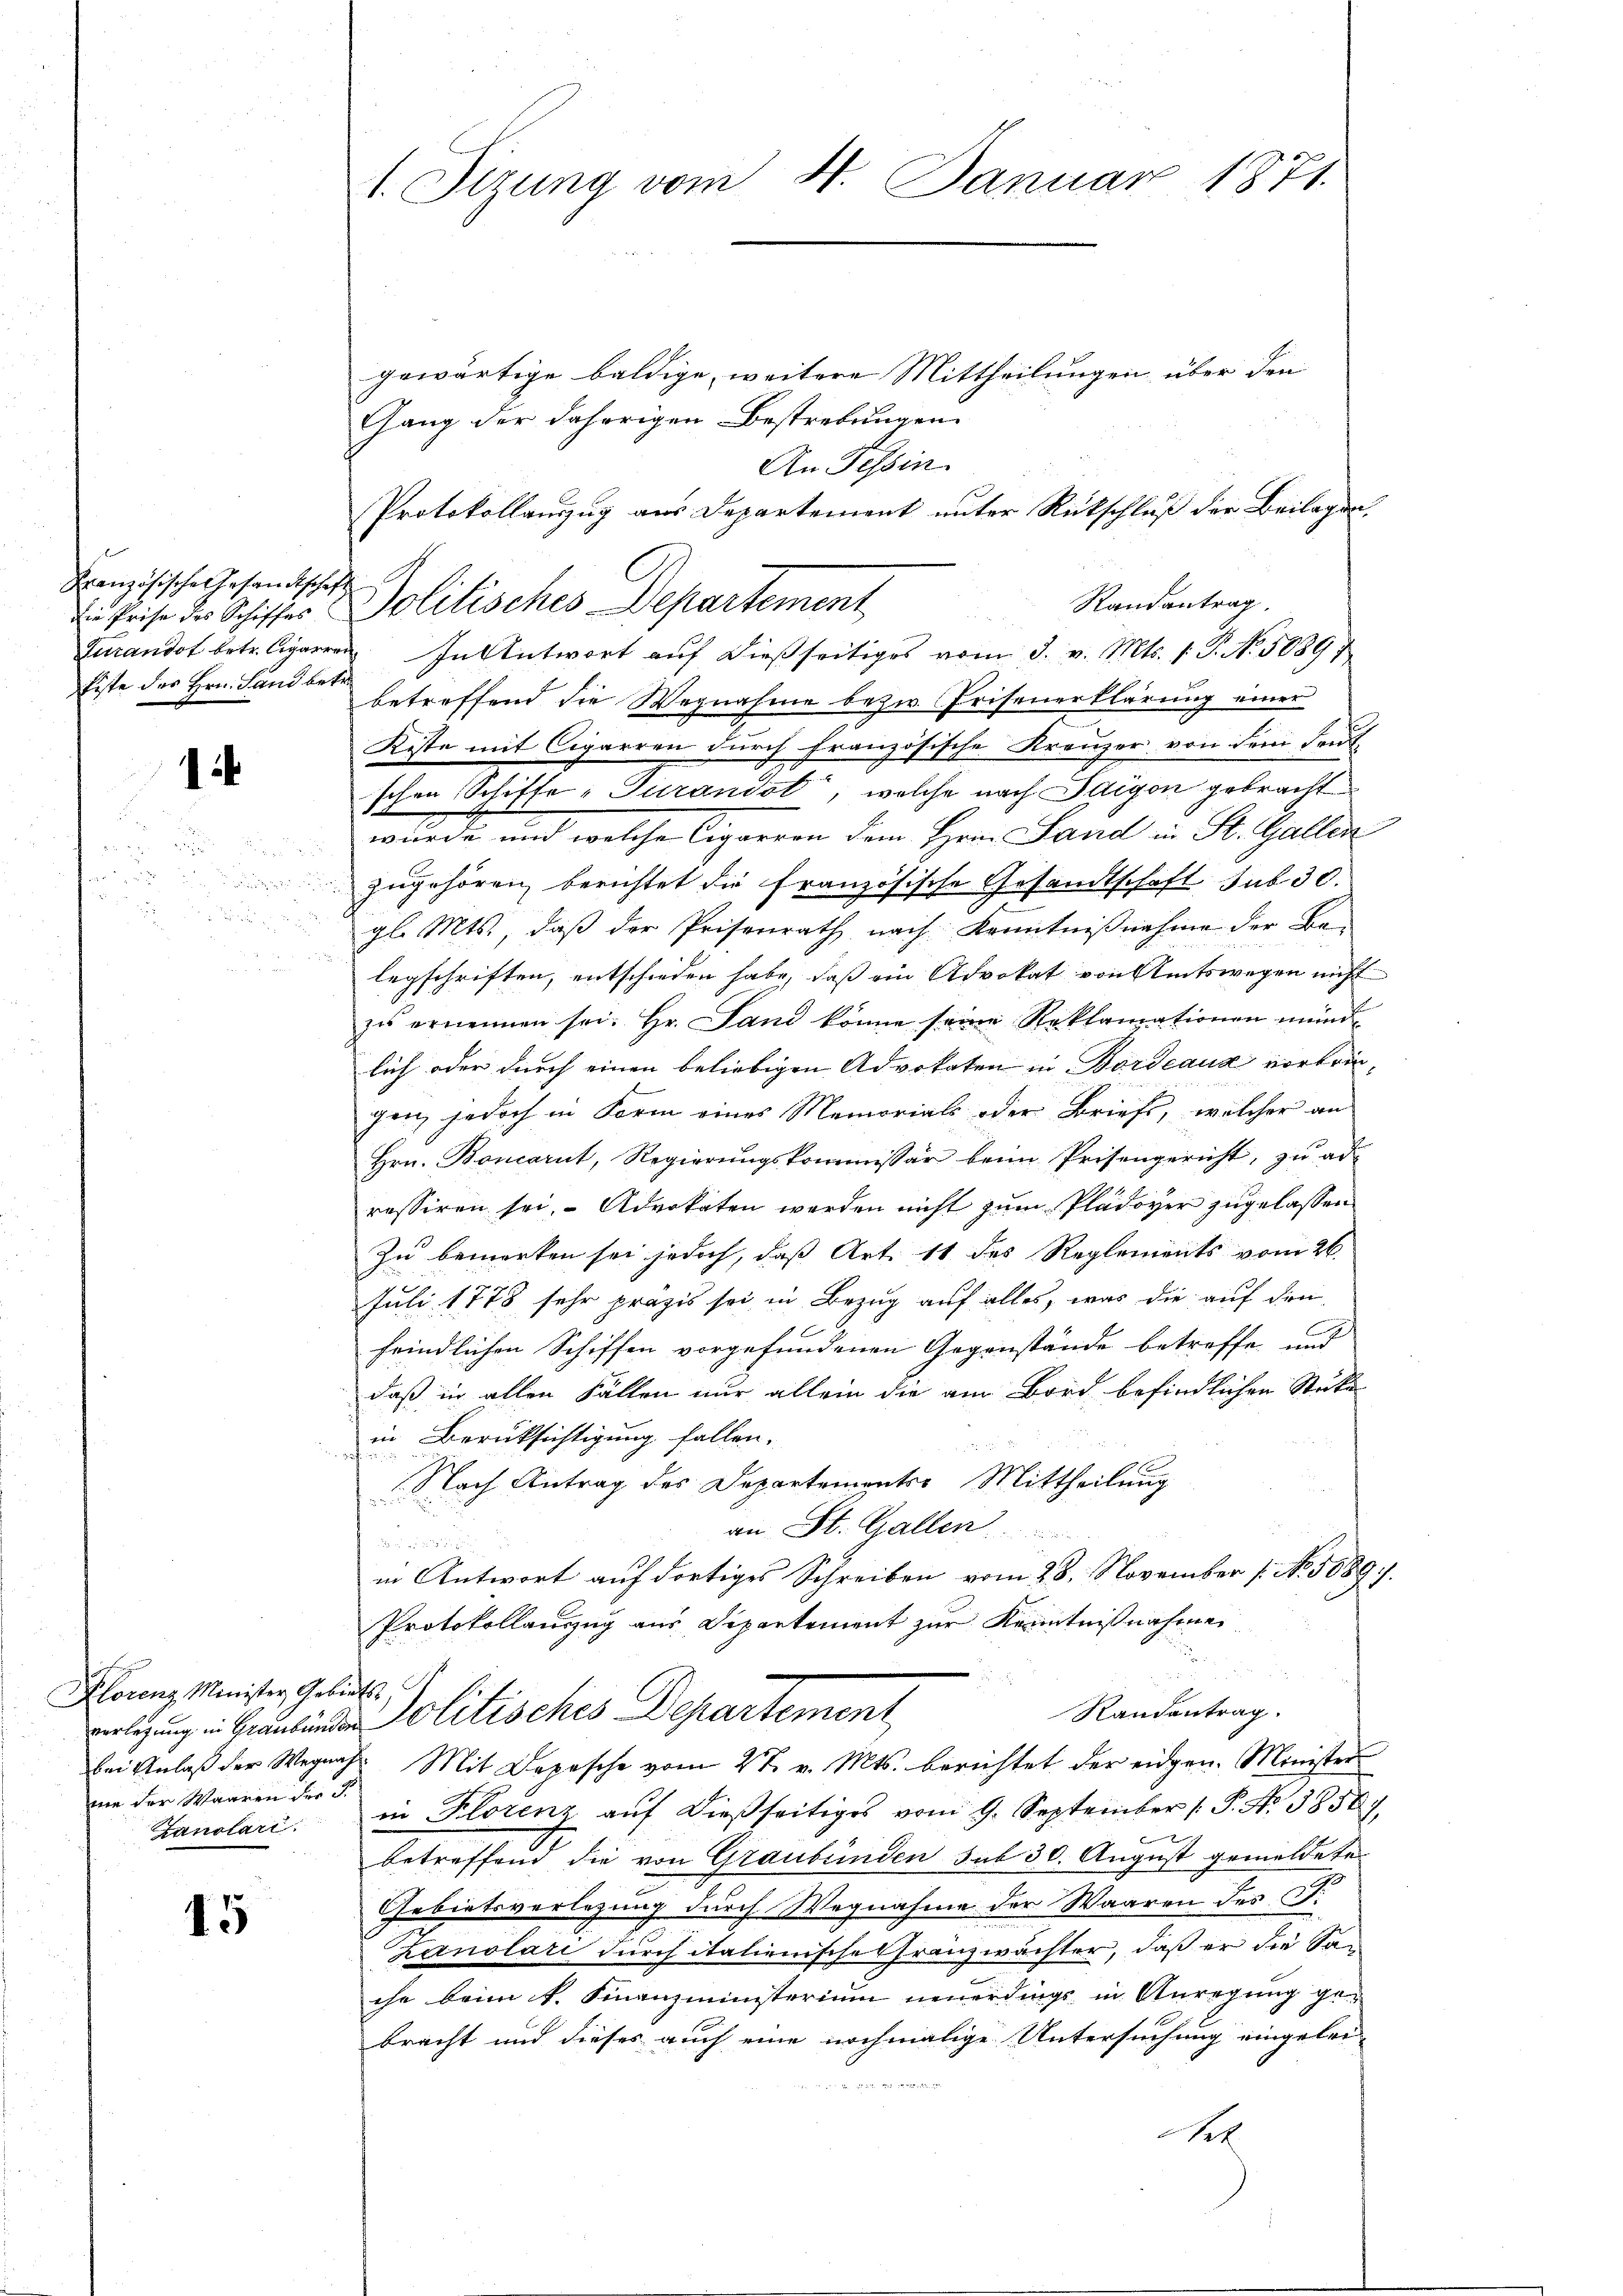
Französische Gesandtschaft
die Prise des Schiffes
Turandot betr. Cigarre
fiste des Hrn. Land bet

1

u

Florenz Minister Gebiets,
ume der Waaren der d.
Zanolari

15

1. Sizung vom 4. Januar 1871.

gewärtige baldige, weitere Mittheilungen über den
Gang der daherigen Bestrebungen
An Tessin
Protokollauszug aus Departement unter Rückschluß der Beilagen,
Randantrag.
Politisches Departement
d
u. In Antwort auf dießseitiges vom 3. v. Mts. 1. P. Nr. 5089/
betreffend die Wegnahme bezw. Priseuerklärung einer
Kiste mit Cigarren durch französische Kreuzer von dem Feut-
schen Schiffe-Turandot, welche nach Saigen gebracht
wurde und welche Cigarren dem Hrn. Land in St. Gallen
zugehören, berichtet die französische Gesandtschaft sub 30.
gl. Mts., daß der Prisenrath nach Kenntnißnahme der Belegschriften, entschieden habe, daß ein Advokat von Amtswegen nicht
zu ernennen sei. Hr. Land könne seine Reklamationen mind
lich oder durch einen beliebigen Advokaten in Bordeaux vortriegen, jedoch in Form eines Memorials oder Briefs, welcher an
Hrn. Boncarut, Regierŭngskommissär beim Prisengericht, zu ad
ressiren sei, Advokaten werden nicht zum Plädoyer zugelassen
Zu bemerken sei jedoch, daß Art. 11 des Reglements vom 26.
Juli 1778 sehr präzis sei in Bezug auf alles, was die auf den
feindlichen Schiffen vorgefundenen Gegenstände betreffe und
daß in allen Fällen nur allein die am Bord befindlichen Sticke
in Berüksichtigung fallen.

f

Nach Antrag des Departements Mittheilung
an St. Gallen

in Antwort auf dortiges Schreiben vom 28. November [No. 5089.
Protokollauszug aus Departement zur Kenntnißnahme
Randantrag.
olitisches Departement,
bei Anlaβ der Wegnah. Mit Depesche vom 27. v. Mts. berichtet der eidgen. Minister
in Florenz auf dießseitiges vom 9. September 1 P. No 38561.
e
betreffend die von Graubünden sub 30. August gemeldete
Gebietsverlegung durch Wegnahme der Waaren des P.
Zanolari durch italienische franzwächter, daß er die San
che beim k. Finanzministerium neuerdings in Anregung gebracht und dieses auch eine nochmalige Untersuchung eingelei-

e